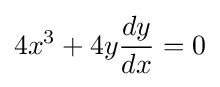
4x^{3}+4y{\frac {dy}{dx}}=0